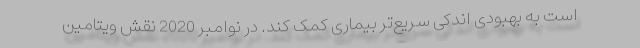
است به بهبودی اندکی سریع‌تر بیماری کمک کند. در نوامبر 2020 نقش ویتامین